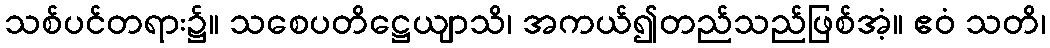
သစ်ပင်တရား၌။ သစေပတိဋ္ဌေယျာသိ၊ အကယ်၍တည်သည်ဖြစ်အံ့။ ဧဝံ သတိ၊